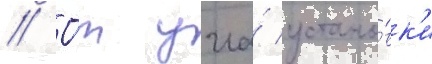
// О́т угла́ устано́вк'и